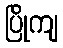
ပြိုကျ